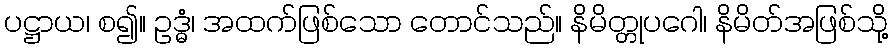
ပဋ္ဌာယ၊ စ၍။ ဥဒ္ဓံ၊ အထက်ဖြစ်သော တောင်သည်။ နိမိတ္တုပဂေါ၊ နိမိတ်အဖြစ်သို့